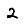
Digit: 2